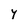
Character: Y